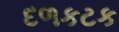
દળકટક